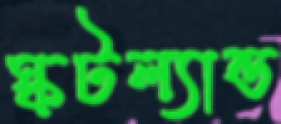
স্কটল্যান্ড